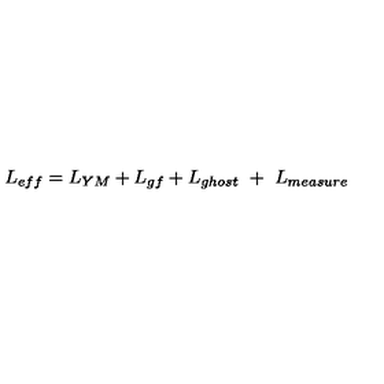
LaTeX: L _ { e f f } = L _ { Y M } + L _ { g f } + L _ { g h o s t } \ + \ L _ { m e a s u r e }